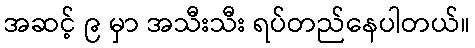
အဆင့် ၉ မှာ အသီးသီး ရပ်တည်နေပါတယ်။